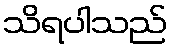
သိရပါသည်